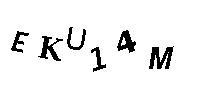
EKU14M